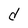
Character: d